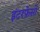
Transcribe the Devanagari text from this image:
इंटरफ़ेसों